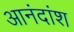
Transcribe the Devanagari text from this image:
आनंदांश